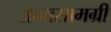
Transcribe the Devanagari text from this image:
अन्यसामग्री